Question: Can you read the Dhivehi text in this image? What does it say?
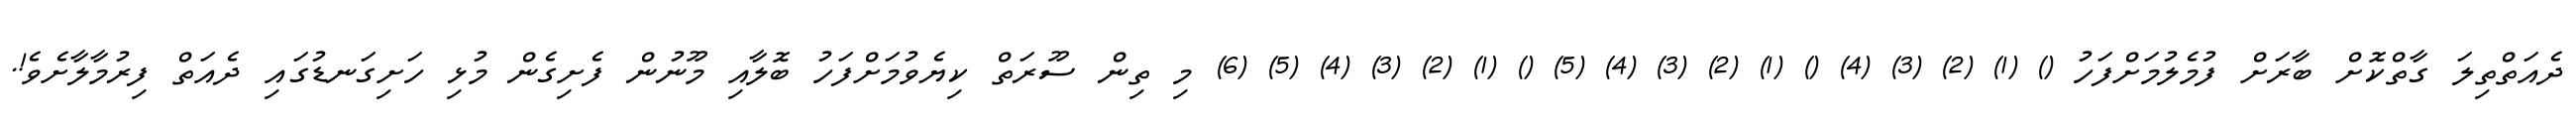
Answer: ދެއަތްތިލަ ގާތްކޮށް ބާރަށް ފުމެލުމަށްފަހު () (1) (2) (3) (4) () (1) (2) (3) (4) (5) () (1) (2) (3) (4) (5) (6) މި ތިން ސޫރަތް ކިޔެވުމަށްފަހު ބޮލާއި މޫނުން ފެށިގެން މުޅި ހަށިގަނޑުގައި ދެއަތް ފިރުމާލާށެވެ!.